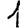
Digit: 1